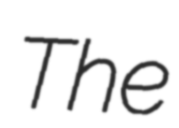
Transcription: The